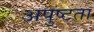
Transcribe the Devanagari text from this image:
अपुष्टता